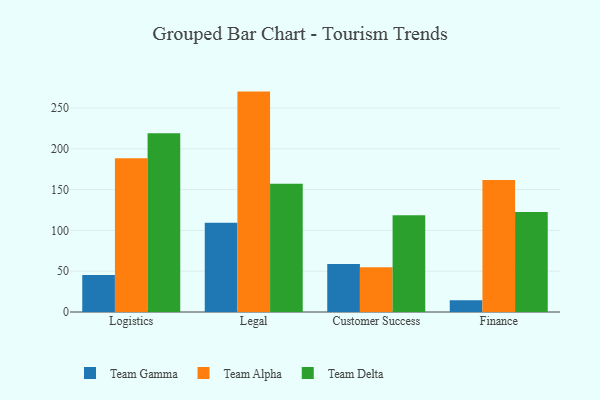
{"axis": {"x": "Department", "y": "Revenue (USD Million)"}, "legend": ["Team Alpha", "Team Delta", "Team Gamma"], "data": [{"x": "Logistics", "y": 45.4, "type": "Team Gamma"}, {"x": "Logistics", "y": 188.3, "type": "Team Alpha"}, {"x": "Logistics", "y": 219.1, "type": "Team Delta"}, {"x": "Legal", "y": 109.4, "type": "Team Gamma"}, {"x": "Legal", "y": 270.1, "type": "Team Alpha"}, {"x": "Legal", "y": 157.1, "type": "Team Delta"}, {"x": "Customer Success", "y": 58.8, "type": "Team Gamma"}, {"x": "Customer Success", "y": 54.8, "type": "Team Alpha"}, {"x": "Customer Success", "y": 118.6, "type": "Team Delta"}, {"x": "Finance", "y": 14.4, "type": "Team Gamma"}, {"x": "Finance", "y": 161.7, "type": "Team Alpha"}, {"x": "Finance", "y": 122.5, "type": "Team Delta"}]}